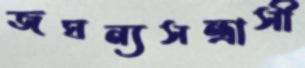
জঘন্যসন্ত্রাসী